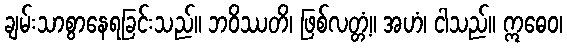
ချမ်းသာစွာနေရခြင်းသည်။ ဘဝိဿတိ၊ ဖြစ်လတ္တံ့။ အဟံ၊ ငါသည်။ ဣဓေဝ၊